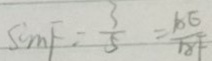
\sin F = \frac { 3 } { 5 } = \frac { A E } { A F }